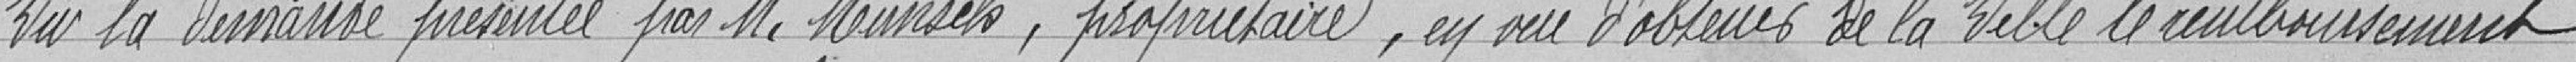
Vu la demande par Monsieur MUNSCK, propriétaire , en vue d'obtenir de la Ville le remboursement